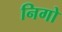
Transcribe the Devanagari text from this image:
निगो